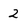
Character: 2